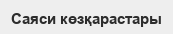
Саяси көзқарастары